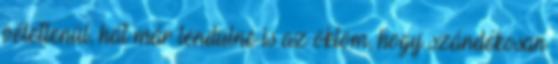
véletlenül, hát már lendülne is az öklöm, hogy szándékosan